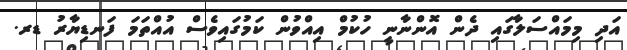
އަދި މިމައްސަލާގައި ދެން އޮންނާނީ ހުކުމް އިއްވުން ކަމުގައިވެސް އުއްތަމަ ފަނޑިޔާރު ޑރ.